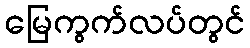
မြေကွက်လပ်တွင်